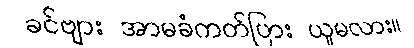
ခင်ဗျား အာမခံကတ်ပြား ယူမလား။